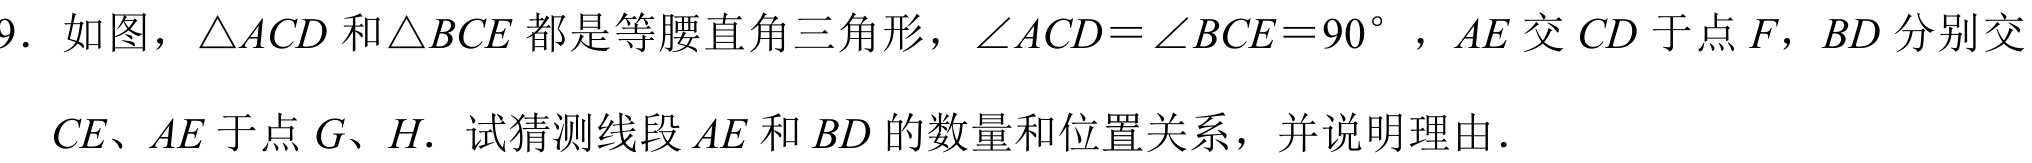
9. 如图，$\triangle ACD$和$\triangle BCE$都是等腰直角三角形，$\angle ACD=\angle BCE = 90^{\circ}$，$AE$交$CD$于点$F$，$BD$分别交
$CE$、$AE$于点$G$、$H$. 试猜测线段$AE$和$BD$的数量和位置关系，并说明理由.